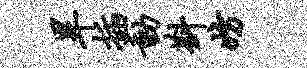
旱插动斟妨